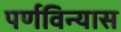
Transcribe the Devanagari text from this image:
पर्णविन्यास